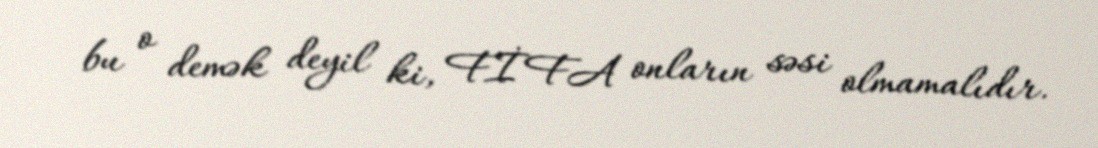
bu o demək deyil ki, FİFA onların səsi olmamalıdır.